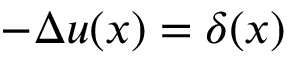
- \Delta u ( x ) = \delta ( x )